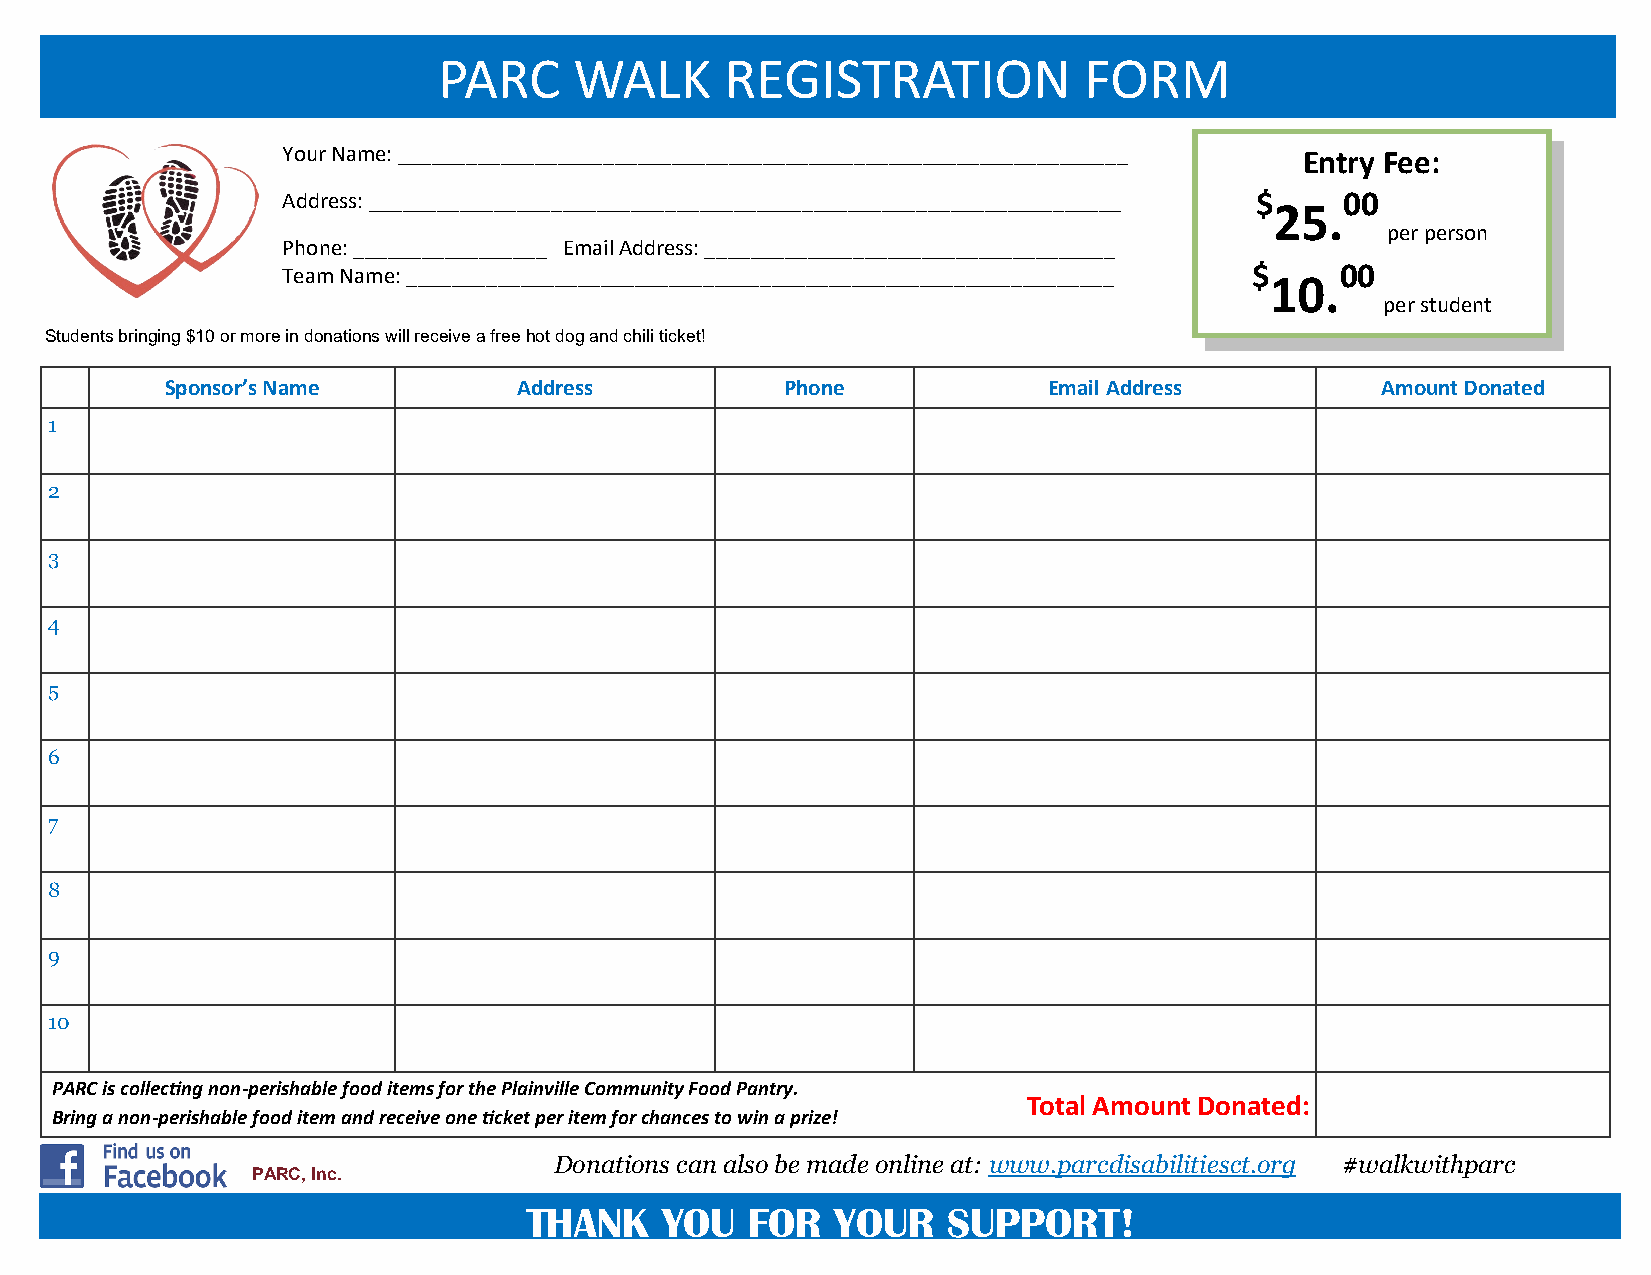
PARC     WALK      REGISTRATION            FORM
 Your Name: ________________________________________________________________ Entry Fee:
 Address: __________________________________________________________________ $ 00
 25.
 per person
 Phone: _________________ Email Address: ____________________________________
 Team Name: ______________________________________________________________ $ 10.00
 per student
 Students bringing $10 or more in donations will receive a free hot dog and chili ticket!
 Sponsor’s Name         Address           Phone            Email Address         Amount Donated
 1
 2
 3
 4
 5
 6
 7
 8
 9
 10
 PARC is collecting non-perishable food items for the Plainville Community Food Pantry.
 Total Amount Donated:
 Bring a non-perishable food item and receive one ticket per item for chances to win a prize!
 Donations can also be made online at: www.parcdisabilitiesct.org #walkwithparc
 PARC, Inc.
 THANK    YOU  FOR   YOUR    SUPPORT!